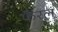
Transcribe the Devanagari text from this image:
फैरल